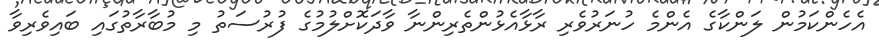
އެހެންކަމުން ލަންކާގެ އެންމެ ހުނަރުވެރި ރާޅާއެޅުންތެރިންނާ ވާދަކޮށްލުމުގެ ފުރުސަތު މި މުބާރާތުގައި ބައިވެރިވާ